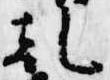
乾